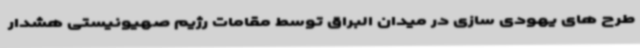
طرح های یهودی سازی در میدان البراق توسط مقامات رژیم صهیونیستی هشدار